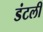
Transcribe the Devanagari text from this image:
डंटली